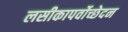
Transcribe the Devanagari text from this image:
लसीकापर्वोच्छेदन